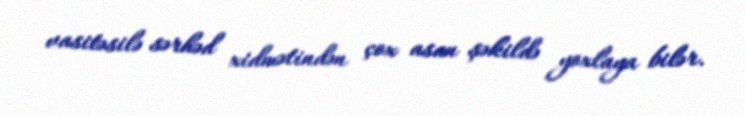
vasitəsilə sərhəd xidmətindən çox asan şəkildə yoxlaya bilər.